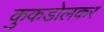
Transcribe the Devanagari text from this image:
कुकडोलकर